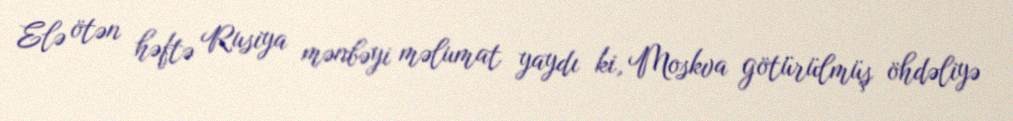
Elə ötən həftə Rusiya mənbəyi məlumat yaydı ki, Moskva götürülmüş öhdəliyə